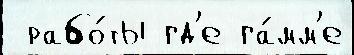
 рабо́ты гд'е га́мм'е